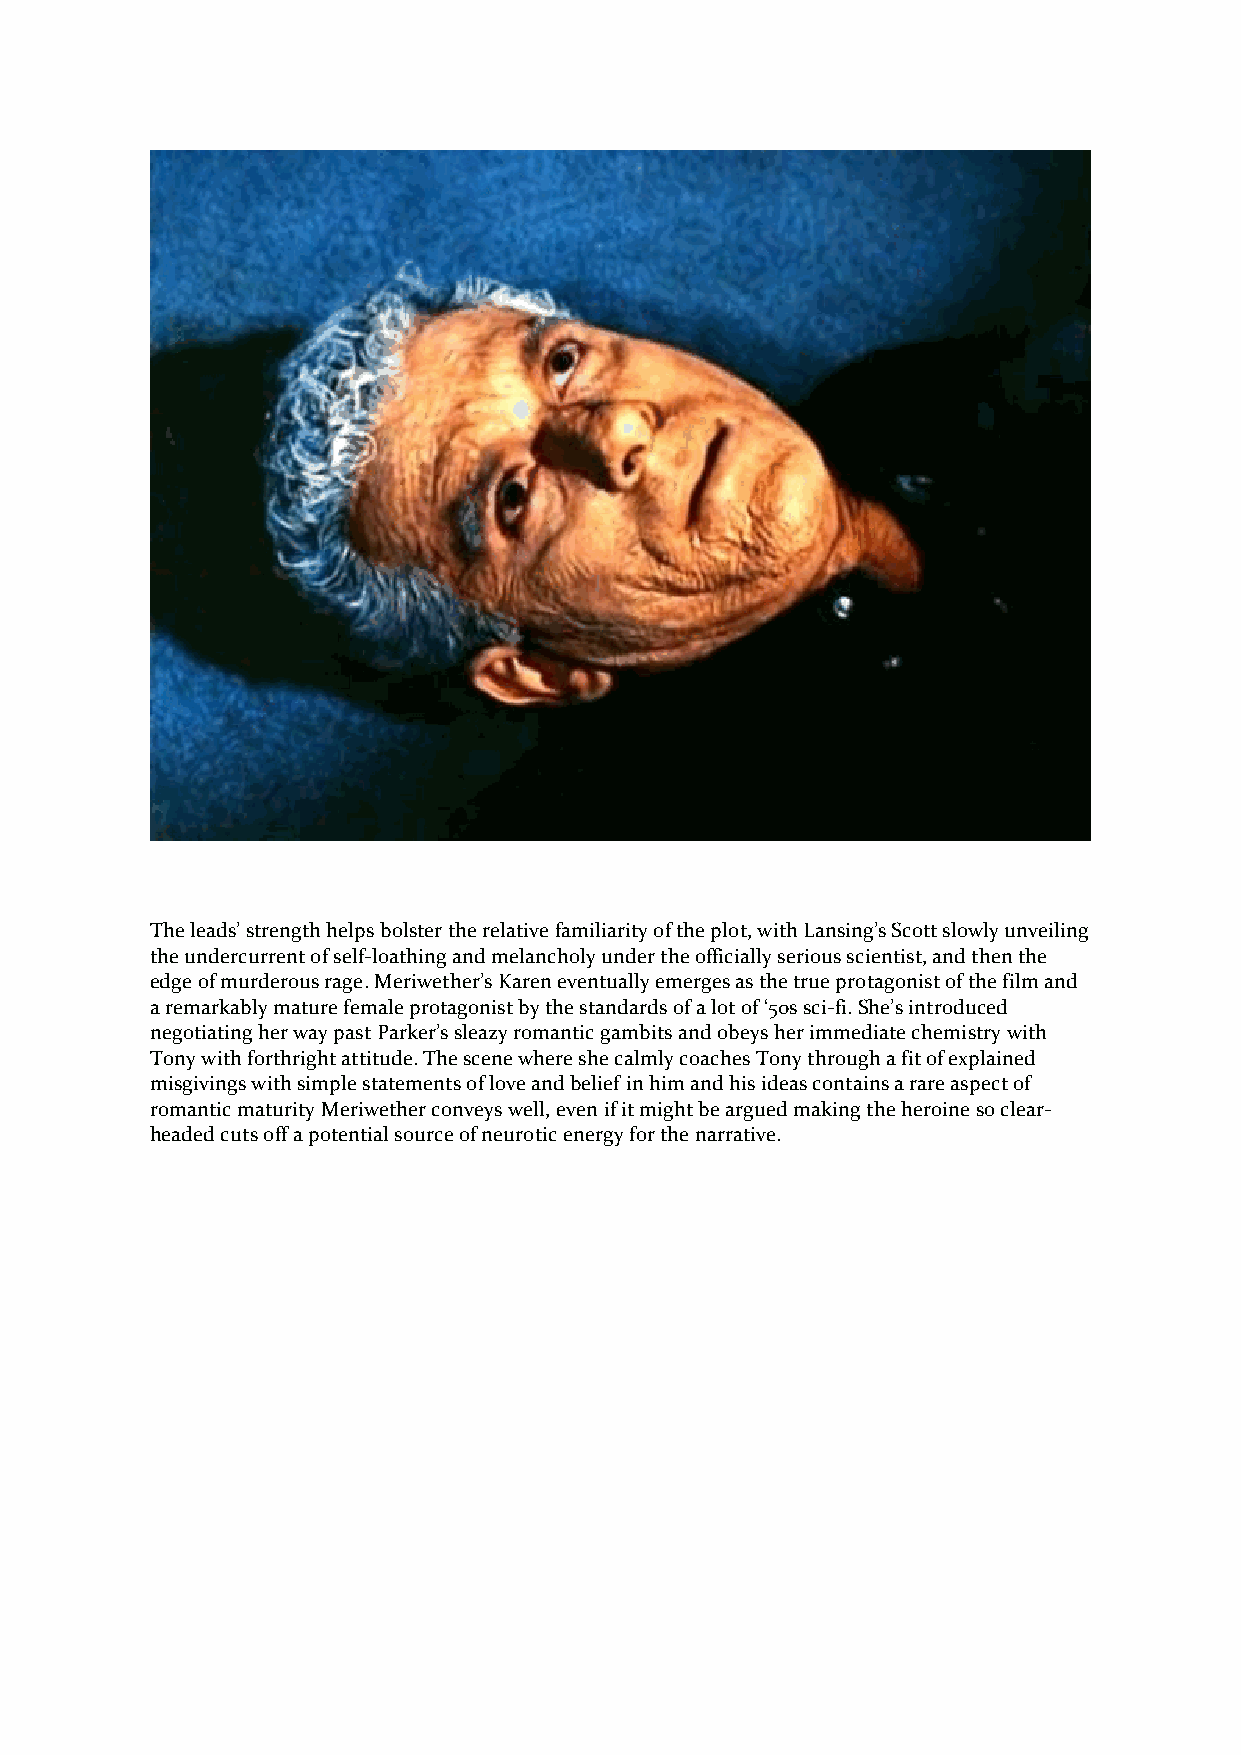
The leads’ strength helps bolster the relative familiarity of the plot, with Lansing’s Scott slowly unveiling
 the undercurrent of self-loathing and melancholy under the officially serious scientist, and then the
 edge of murderous rage. Meriwether’s Karen eventually emerges as the true protagonist of the film and
 a remarkably mature female protagonist by the standards of a lot of ‘50s sci-fi. She’s introduced
 negotiating her way past Parker’s sleazy romantic gambits and obeys her immediate chemistry with
 Tony with forthright attitude. The scene where she calmly coaches Tony through a fit of explained
 misgivings with simple statements of love and belief in him and his ideas contains a rare aspect of
 romantic maturity Meriwether conveys well, even if it might be argued making the heroine so clear-
 headed cuts off a potential source of neurotic energy for the narrative.